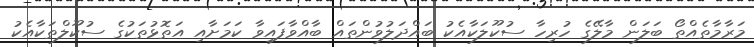
މަރާމާތެއްތޯ ބަލަން މާލޭގެ ހުރިހާ ސުކޫލަކާއެކު ބައްދަލުވުންތައް ބާއްވާފައިވާ ކަމަށާއި އަތޮޅުތަކުގެ ސުކޫލްތަކާއެކު